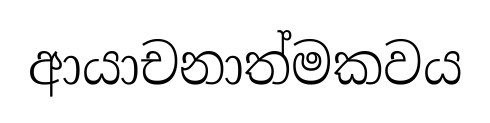
ආයාචනාත්මකවය